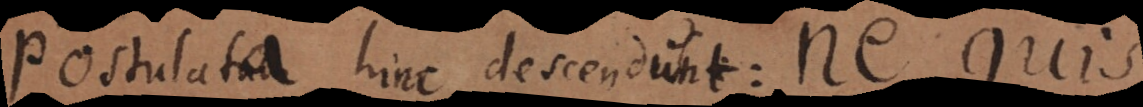
Postulata hinc descendunt: n e